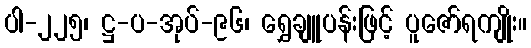
ပါ-၂၂၅၊ ဋ္ဌ-ပ-အုပ်-၉၆၊ ရွှေချူပန်းဖြင့် ပူဇော်ရကျိုး။